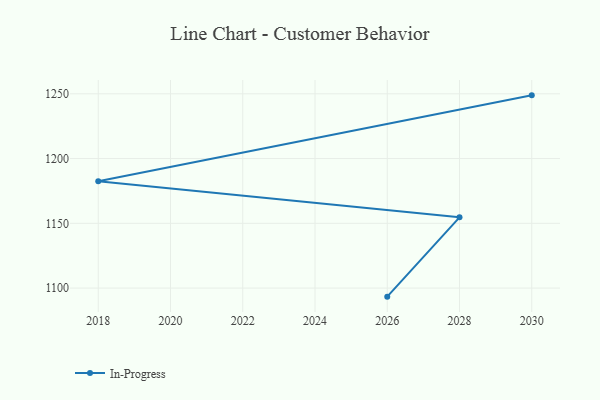
{"axis": {"x": "Year", "y": "Backlog"}, "legend": ["In-Progress"], "data": [{"x": "2026", "y": 1093.4, "type": "In-Progress"}, {"x": "2028", "y": 1154.6, "type": "In-Progress"}, {"x": "2018", "y": 1182.5, "type": "In-Progress"}, {"x": "2030", "y": 1248.8, "type": "In-Progress"}]}